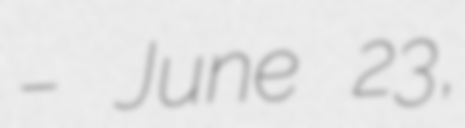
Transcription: – June 23,